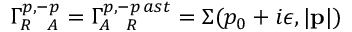
\Gamma _ { R \ \ A } ^ { p , - p } = \Gamma _ { A \ \ R } ^ { p , - p \, a s t } = \Sigma ( p _ { 0 } + i \epsilon , | { \bf p } | )